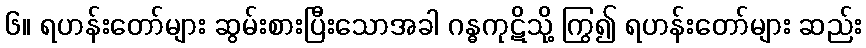
၆။ ရဟန်းတော်များ ဆွမ်းစားပြီးသောအခါ ဂန္ဓကုဋိသို့ ကြွ၍ ရဟန်းတော်များ ဆည်း